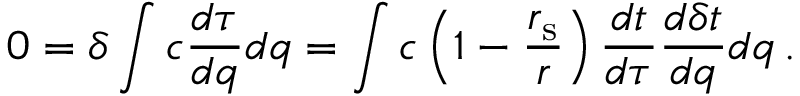
0 = \delta \int { c { \frac { d \tau } { d q } } d q } = \int { c \left( 1 - { \frac { r _ { \mathrm { { s } } } } { r } } \right) { \frac { d t } { d \tau } } { \frac { d \delta t } { d q } } d q } \, .